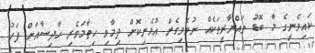
ކައިވެނީގެ މާ ބޮޑު ތައްޔާރީތަކެއް ނުވެވިގެން އުޅެނިކޮށް ދިމާވި ހިތާމަވެރި ހާދިސާއަށް ފަހު